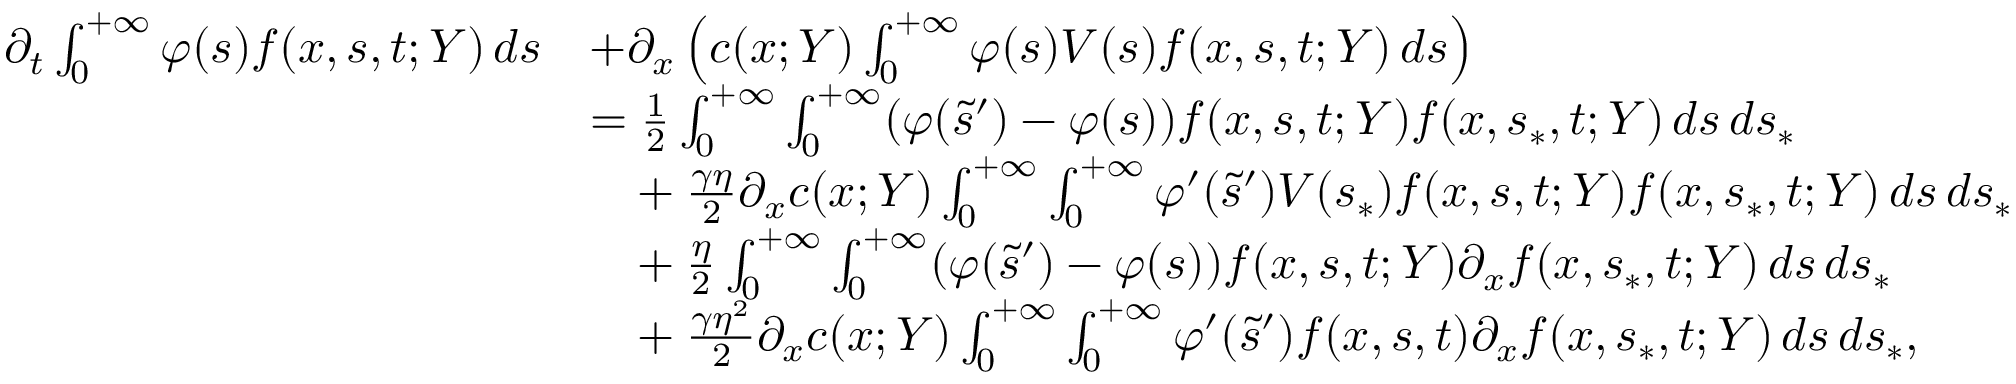
\begin{array} { r l } { \partial _ { t } \int _ { 0 } ^ { + \infty } \varphi ( s ) f ( x , s , t ; Y ) \, d s } & { + \partial _ { x } \left( c ( x ; Y ) \int _ { 0 } ^ { + \infty } \varphi ( s ) V ( s ) f ( x , s , t ; Y ) \, d s \right) } \\ & { = \frac { 1 } { 2 } \int _ { 0 } ^ { + \infty } \int _ { 0 } ^ { + \infty } ( \varphi ( \tilde { s } ^ { \prime } ) - \varphi ( s ) ) f ( x , s , t ; Y ) f ( x , s _ { \ast } , t ; Y ) \, d s \, d s _ { \ast } } \\ & { \phantom { = } + \frac { \gamma \eta } { 2 } \partial _ { x } c ( x ; Y ) \int _ { 0 } ^ { + \infty } \int _ { 0 } ^ { + \infty } \varphi ^ { \prime } ( \tilde { s } ^ { \prime } ) V ( s _ { \ast } ) f ( x , s , t ; Y ) f ( x , s _ { \ast } , t ; Y ) \, d s \, d s _ { \ast } } \\ & { \phantom { = } + \frac { \eta } { 2 } \int _ { 0 } ^ { + \infty } \int _ { 0 } ^ { + \infty } ( \varphi ( \tilde { s } ^ { \prime } ) - \varphi ( s ) ) f ( x , s , t ; Y ) \partial _ { x } f ( x , s _ { \ast } , t ; Y ) \, d s \, d s _ { \ast } } \\ & { \phantom { = } + \frac { \gamma \eta ^ { 2 } } { 2 } \partial _ { x } c ( x ; Y ) \int _ { 0 } ^ { + \infty } \int _ { 0 } ^ { + \infty } \varphi ^ { \prime } ( \tilde { s } ^ { \prime } ) f ( x , s , t ) \partial _ { x } f ( x , s _ { \ast } , t ; Y ) \, d s \, d s _ { \ast } , } \end{array}